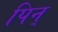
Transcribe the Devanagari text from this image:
पिन्